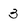
Character: 3